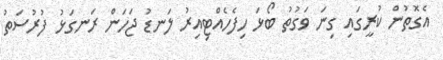
އެގޮތުން ކުރީގައި ގިނަ ވަގުތު ބޯޅަ ހިފެހެއްޓިއިރު ލަނޑު ޖަހަން ރަނގަޅު ފުރުސަތު